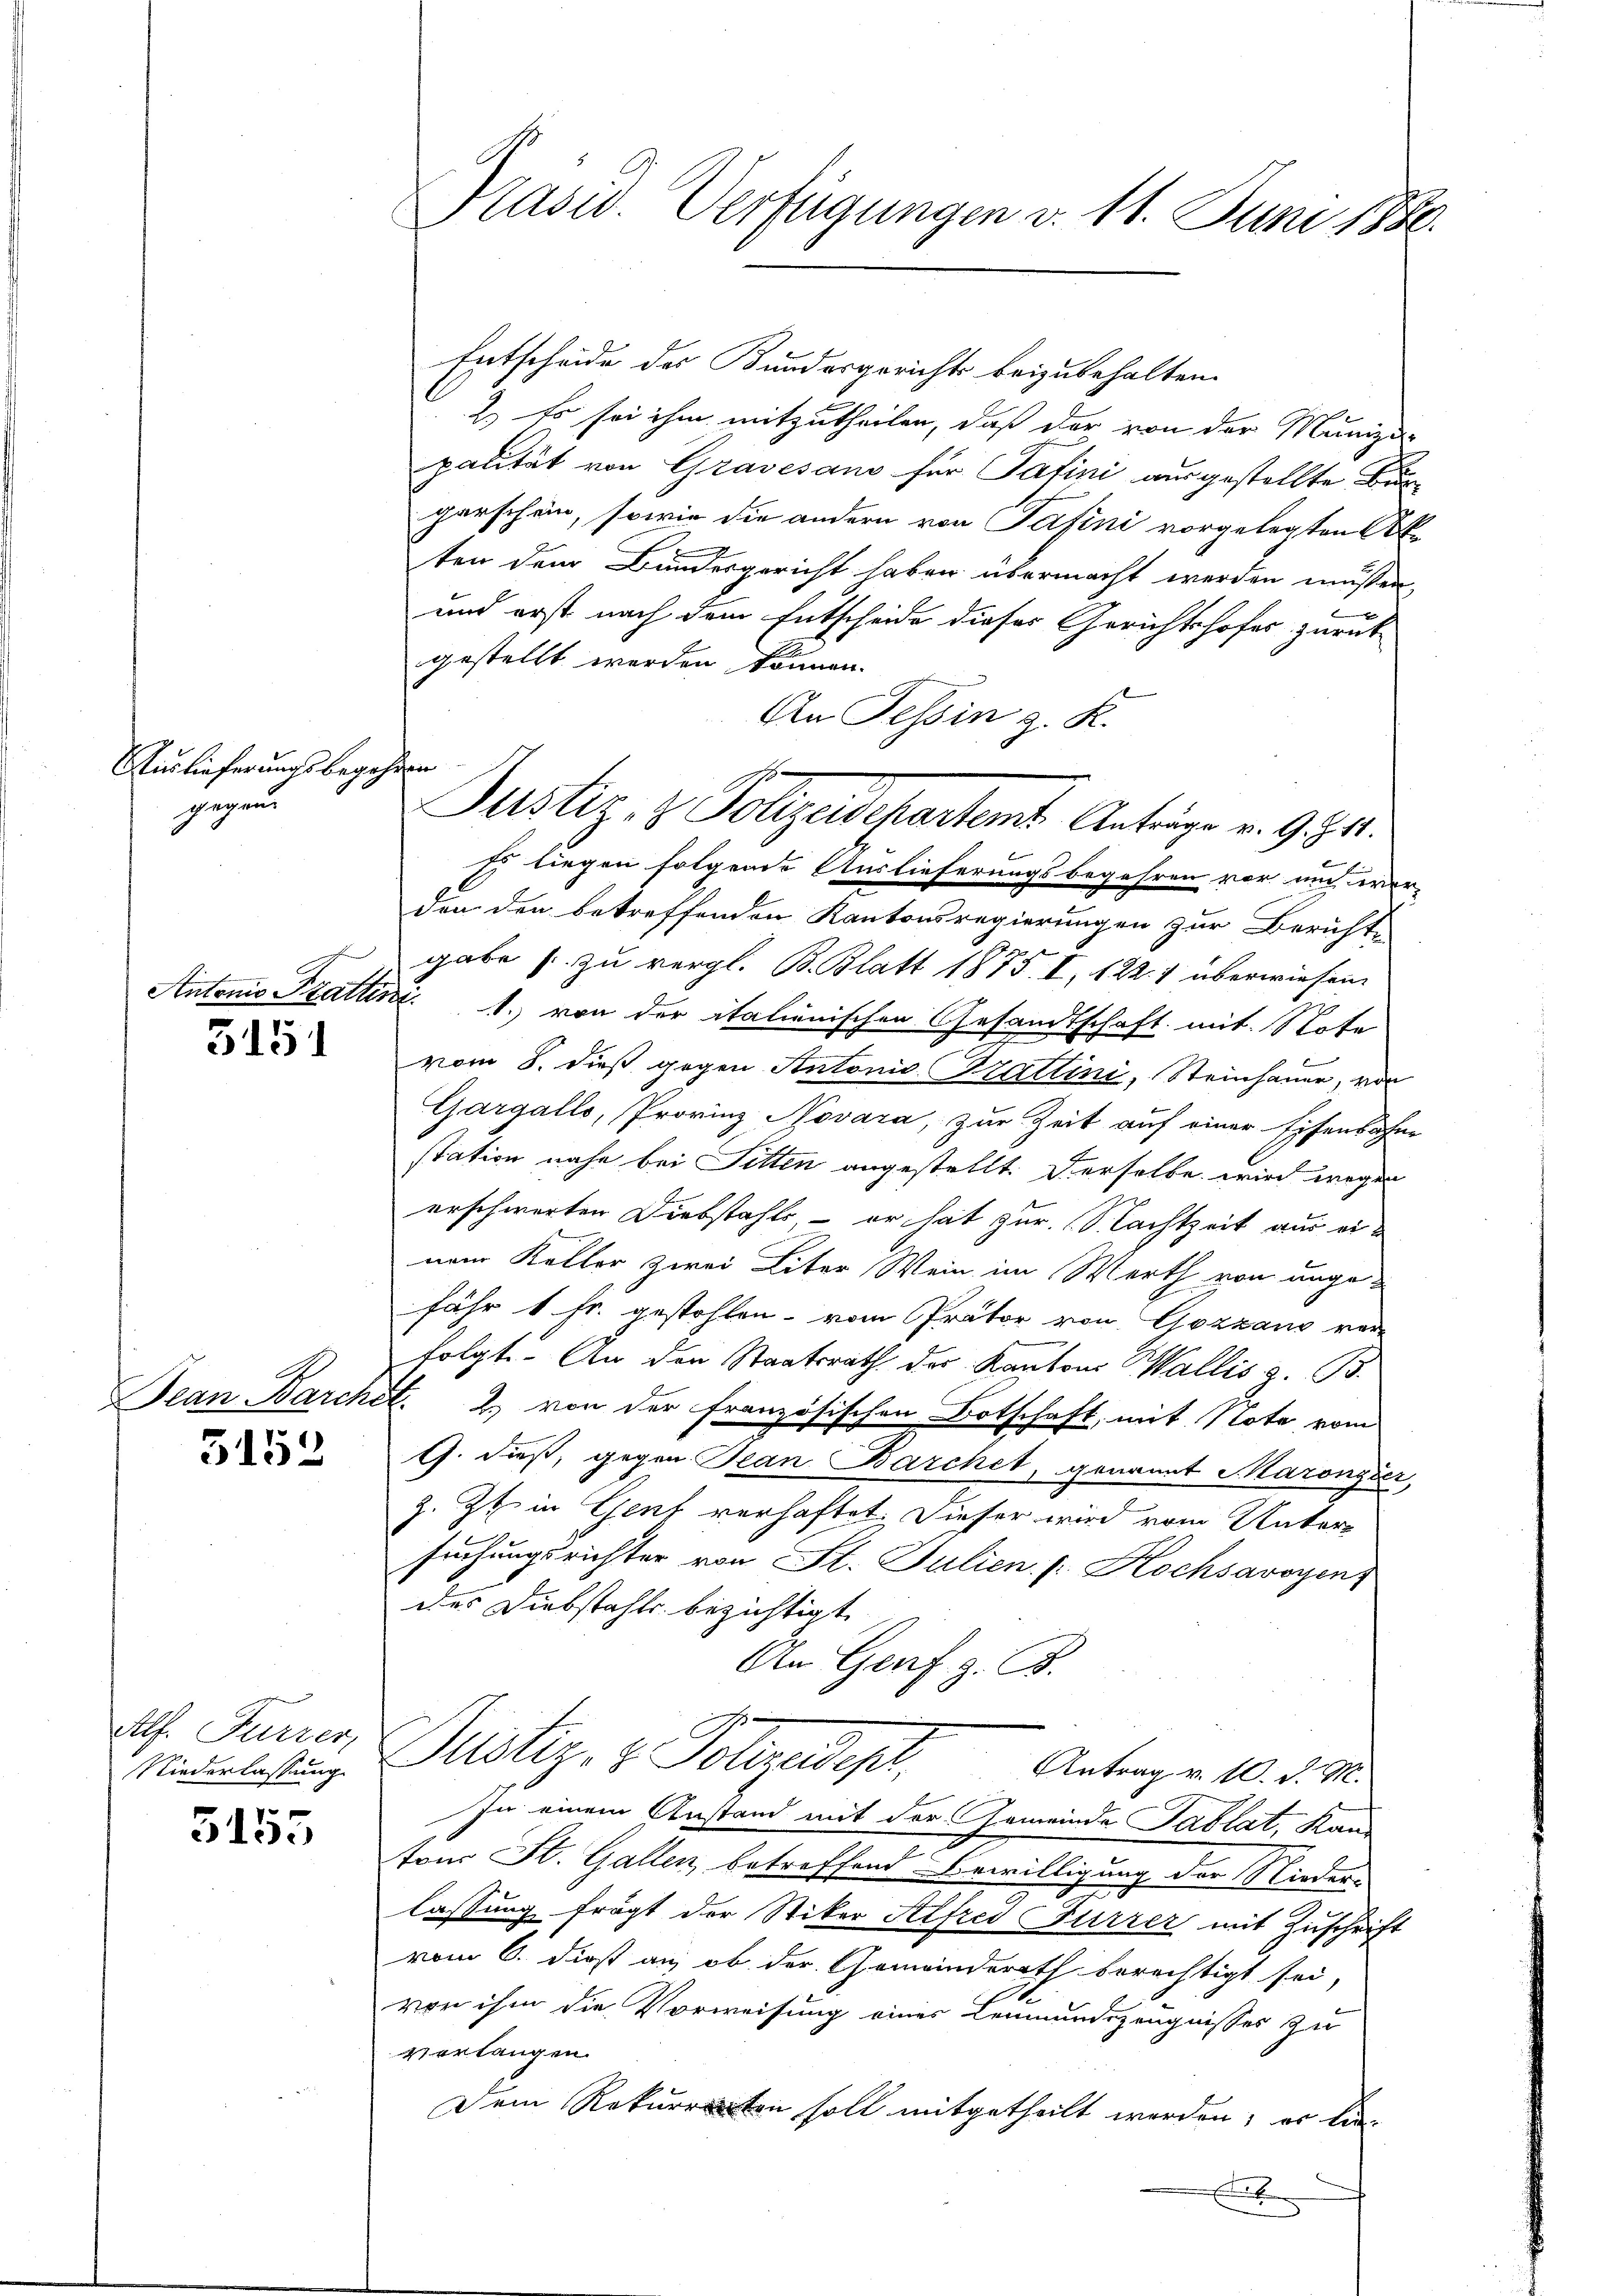
Auslieferungsbegehren
gegen

5151

5152

5155

Alf. Furrer,
Niederlassung

Entscheide des Bundesgerichts beizubehalten.
2.) Es sei ihm mitzutheilen, daß der von der Munizi-
palität von Gravesans für Patini ausgestellte Bur-
parschein, sowie die andern von Pasini vorgelegten Ak
ten dem Bundesgericht haben übermacht werden müssen,
2
und erst nach dem Entscheide dieses Gerichtshofes zurück
gestellt werden können.
Es liegen folgende Auslieferungsbegehren vor und wer-
den den betreffenden Kantonsregierungen zur Berichte
gabe zu vergl. B. Blatt 1875. I, 122. 1 überwiesen.
Antonio Stattini. 1. von der italienischen Gesandtschaft mit Note
vom 8. dieß gegen Antonis Brattini, Steinhauer, von
Gargallo, Provinz Novara, zur Zeit auf einer Eisenbahne
station nahe bei Sitten angestellt. Derselbe wird wegen
erschwerten Diebstahls, – er hat zur Nachtzeit aus einem Keller zwei Liter Wein im Werth von angefähr 1 Fr. gestohlen vom Prator von Gozzano vor
folgt. An den Staatsrath der Kantons Wallis z. B.
Jean Barchit. 2. von der französischen Botschaft, mit Note vom
G. dieß, gegen Plan Barchet, genannt Maronyder,
z. Zt. in Genf verhaftet. Dieser wird vom Untersuchungsrichter von St. Julien u. Hochsavoyen
des Diebstahls bezichtigt
An Genf z. B.
Justiz- & Polizeidigt. Antragen 10. d. M.
In einem Anstand mit der Gemeinde Tablat, Kan-
tons St. Gallen betreffend Bewilligung der Nieder-
lassung frägt der Stiker Alfred Furrer mit Zuschrift
vom 6. dieß an, ob der Gemeinderath berechtigt sei,
von ihm die Vorweisung einer Leumundszeugnisses zu
verlangen.
Dem Rekurrenten soll mitgetheilt werden; er lie
E

An Tessin z. R.
Justiz & Polizeidchartems Anträge v. 9. 1.

Präsid. Verfügungen v. 11. Juni 1886.